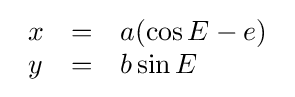
{\begin{array}{lcl}x&=&a(\cos E-e)\\y&=&b\sin E\end{array}}